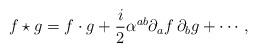
LaTeX: \begin{align*}f\star g=f\cdot g+\frac{i}{2}\alpha ^{ab}\partial _{a}f\,\partial_{b}g+\cdots , \end{align*}